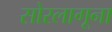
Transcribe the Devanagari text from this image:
सोरलागूना